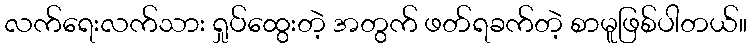
လက်ရေးလက်သား ရှုပ်ထွေးတဲ့ အတွက် ဖတ်ရခက်တဲ့ စာမူဖြစ်ပါတယ်။